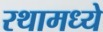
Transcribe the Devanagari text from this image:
रथामध्ये